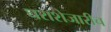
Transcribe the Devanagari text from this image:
घराशेजारीच